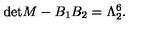
\mathrm { d e t } M - B _ { 1 } B _ { 2 } = \Lambda _ { 2 } ^ { 6 } . \nonumber